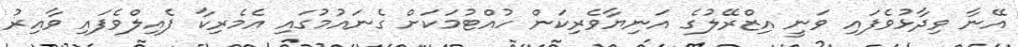
އޭނާ ވިދާޅުވެފައި ވަނީ އިޒްރޭލުގެ އަނިޔާވެރިކަން ހުއްޓުމަކަށް ގެނައުމުގައި އެމެރިކާ ފެއިލްވެފައި ވާއިރު